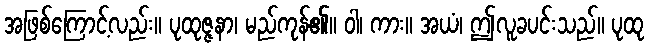
အဖြစ်ကြောင့်လည်း။ ပုထုဇ္ဇနာ၊ မည်ကုန်၏။ ဝါ၊ ကား။ အယံ၊ ဤလူခပင်းသည်။ ပုထု